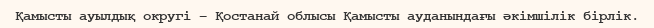
Қамысты ауылдық округі – Қостанай облысы Қамысты ауданындағы әкімшілік бірлік.